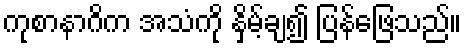
ကုစာနာဂိက အသံကို နှိမ့်ချ၍ ပြန်ဖြေသည်။